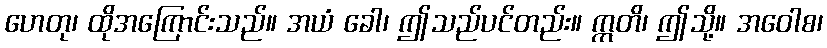
ဟေတု၊ ထိုအကြောင်းသည်။ အယံ ခေါ၊ ဤသည်ပင်တည်း။ ဣတိ၊ ဤသို့။ အဝေါစ၊